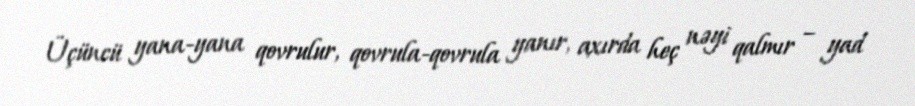
Üçüncü yana-yana qovrulur, qovrula-qovrula yanır, axırda heç nəyi qalmır – yad